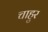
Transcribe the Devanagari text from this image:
चाहुर